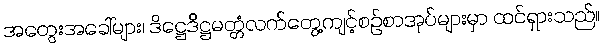
အတွေးအခေါ်များ၊ ဒိဋ္ဌေဒိဋ္ဌမတ္တံလက်တွေ့ကျင့်စဉ်စာအုပ်များမှာ ထင်ရှားသည်။